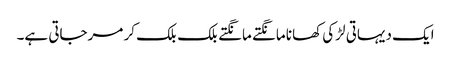
ایک دیہاتی لڑکی کھانا مانگتے مانگتے بلک بلک کر مرجاتی ہے۔